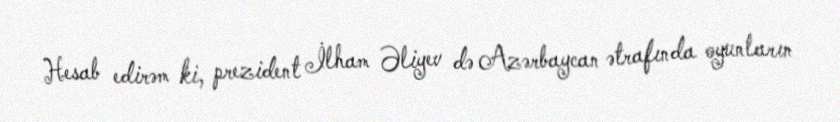
Hesab edirəm ki, prezident İlham Əliyev də Azərbaycan ətrafında oyunların